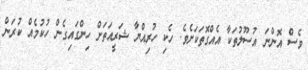
ވެސް އޮންނަ އުސޫލުތަކާ އެއްގޮތަކަށެވެ. ހެކި ހުރިއްޔާ ޝަރީއަތަށް ހިންގައިގެން ހުކުމެއް ކުރަން